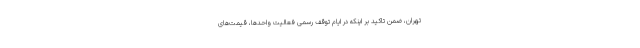
تهران، ضمن تاکید بر اینکه در ایام توقف رسمی فعالیت واحدها، قیمت‌های